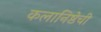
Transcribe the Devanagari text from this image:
कलानिष्ठेची